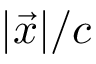
| \vec { x } | / c